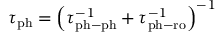
\begin{array} { r } { \tau _ { \mathrm { p h } } = \left( \tau _ { \mathrm { p h - p h } } ^ { - 1 } + \tau _ { \mathrm { p h - r o } } ^ { - 1 } \right) ^ { - 1 } } \end{array}